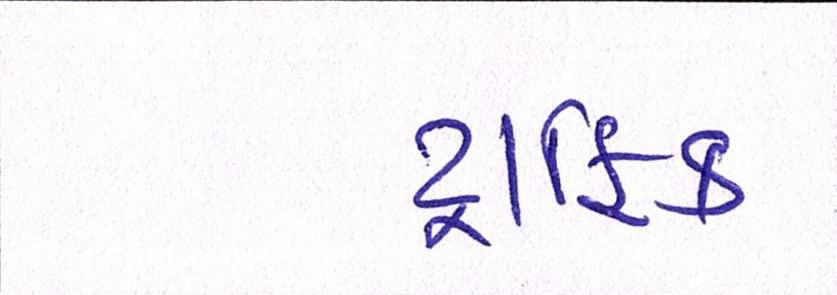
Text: ટ્રાફિક